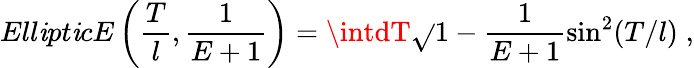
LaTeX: Ell\mathit{i}pt\mathit{i}cE\left(\frac{{T}}{{l}},\frac{{1}}{{E+1}}\right)=\intdT\sqrt{}{{1-\frac{{1}}{{E+1}}\sin^{2}(T/l)}}\; ,